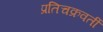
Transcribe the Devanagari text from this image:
प्रतिचक्रवर्ती